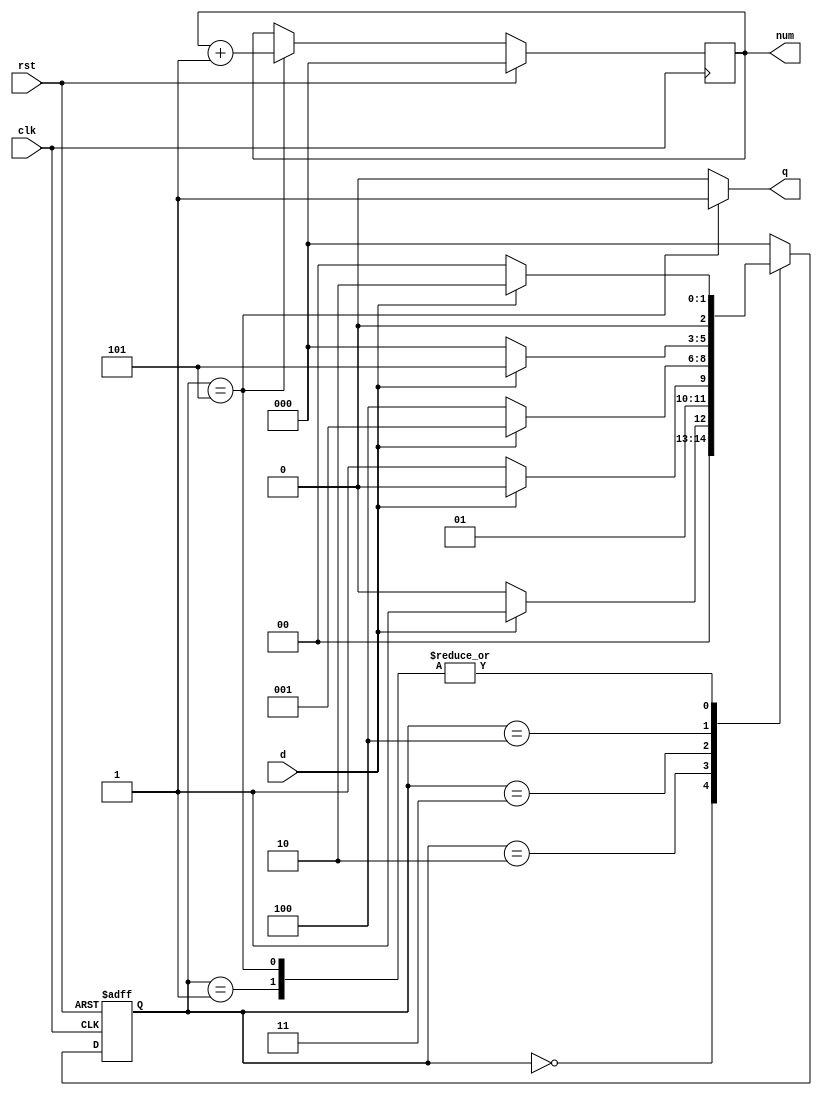
/////////////////////////////////////////////////////////////////////
// ---------------------- IVCAD 2023 Spring ---------------------- //
// ---------------------- Editor: Zhi-Yu Chen (Willy) ------------ //
// ---------------------- Version : v.1.00  ---------------------- //
// ---------------------- Date : 2023.02    ---------------------- //
// ---------------------- det_1100          ---------------------- // 
/////////////////////////////////////////////////////////////////////
module det_seq(clk, rst, d, q, num);


input clk, rst;
input d;
output reg q;
output reg [2:0] num;


parameter s0=3'd0;
parameter s1=3'd1;
parameter s2=3'd2;
parameter s3=3'd3;
parameter s4=3'd4;
parameter s5=3'd5;

reg [2:0] ns,cs;
always@(posedge clk or posedge rst)begin
	if(rst)
		cs <= s0;
	else
		cs <= ns;
end
always@(cs or d)begin
	case(cs)
		/*
		s0 0xxxx
		s1 1xxxx
		s2 11xxx
		s3 110xx
		s4 1100x
		*/
		s0:	ns=d? s1: s0;//1
		s1:	ns=d? s2: s0;//1
		s2:	ns=d? s2: s3;//0
		s3:	ns=d? s1: s4;//0
		s4:	ns=d? s5: s0;//1
		s5:	ns=d? s2: s0;
		default:
			ns = s0;
	endcase
end

always@(cs)begin
	case(cs)
		s5: q = 1'b1;
		default:
			q = 1'b0;
	endcase
end

always@(posedge clk)
	if(rst)
		num <= 3'd0;
	else if(cs == s5)
		num <= num +3'd1;

endmodule